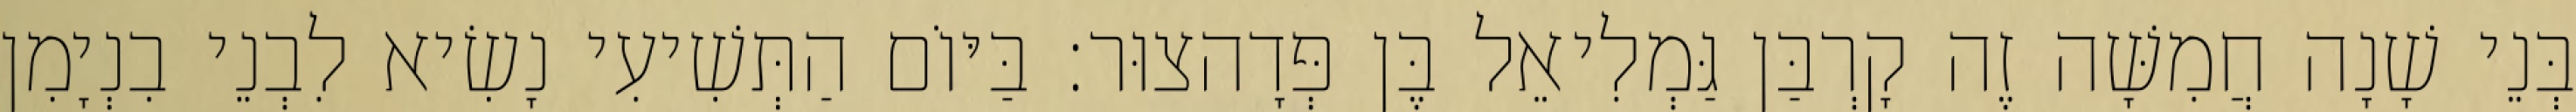
בְּנֵי שָׁנָה חֲמִשָּׁה זֶה קָרְבַּן גַּמְלִיאֵל בֶּן פְּדָהצוּר׃ בַּיּוֹם הַתְּשִׁיעִי נָשִׂיא לִבְנֵי בִנְיָמִן